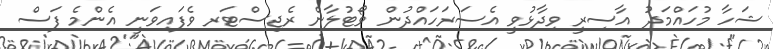
ޝަހާ މުހައްމަދު އާސިރީ ވިދާޅުވީ އެސަރަހައްދުން ވޯޓުލާން ރެޖިސްޓަރ ވެފައިވަނީ އެންމެ ފަސް